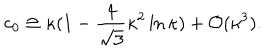
LaTeX: c _ { 0 } \cong \kappa ( 1 - \frac { 4 } { \sqrt { 3 } } \kappa ^ { 2 } \ln \kappa ) + { \cal O } ( \kappa ^ { 3 } ) .